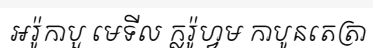
អរ៉ូកាបួ មេទីល ក្លរ៉ូហ្វម កាបូនតេត្រា